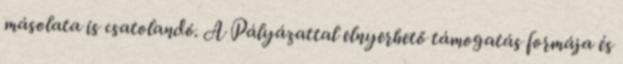
másolata is csatolandó. A Pályázattal elnyerhető támogatás formája és